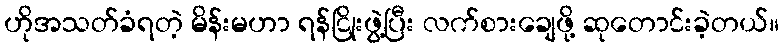
ဟိုအသတ်ခံရတဲ့ မိန်းမဟာ ရန်ငြိုးဖွဲ့ပြီး လက်စားချေဖို့ ဆုတောင်းခဲ့တယ်။